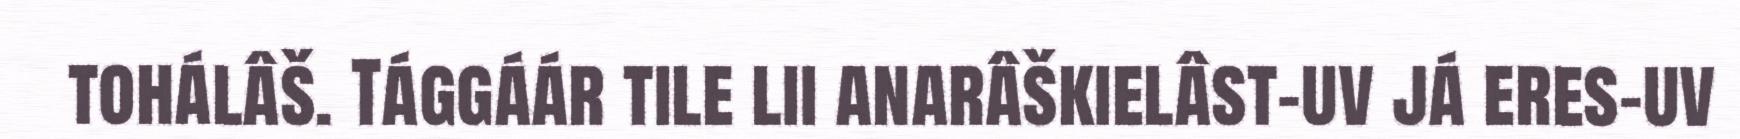
tohálâš. Tággáár tile lii anarâškielâst-uv já eres-uv